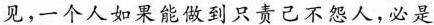
见，一个人如果能做到只责己不怨人，必是